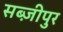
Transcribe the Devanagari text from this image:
सब्ज़ीपुर